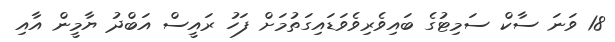
18 ވަނަ ސާކް ސަމިޓުގެ ބައިވެރިވެވަޑައިގަތުމަށް ފަހު ރައީސް އަބްދު ޔާމީން އާއި